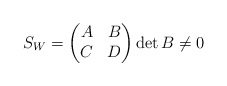
\begin{align*}S_{W}=\begin{pmatrix}A & B\\C & D\end{pmatrix}\det B\neq0 \end{align*}